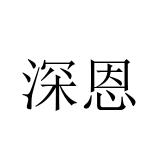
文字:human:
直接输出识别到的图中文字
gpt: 深恩